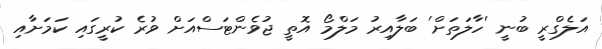
އަލެގްރީ ބުނީ 'ހާލަތަށް' ބަލާއިރު މަލްމޯ އޮތީ ޖުވެންޓަސްއަށް ވުރެ ކުރީގައި ކަމަށާއި